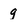
Character: g